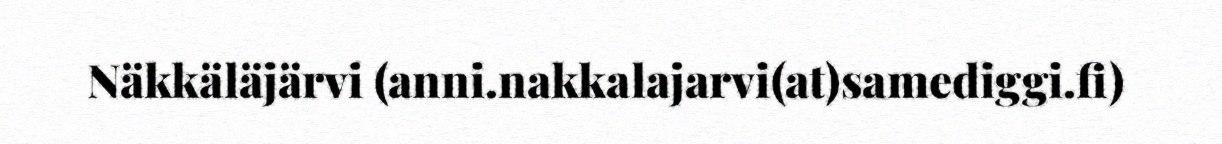
Näkkäläjärvi (anni.nakkalajarvi(at)samediggi.fi)